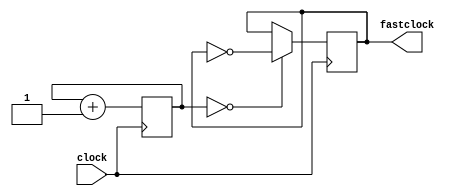
`timescale 1ns / 1ps
//////////////////////////////////////////////////////////////////////////////////
// Company: 
// Engineer: 
// 
// Design Name: 
// Module Name: Subtask_D_fastclock
// Project Name: 
// Target Devices: 
// Tool Versions: 
// Description: 
// 
// Dependencies: 
// 
// Revision:
// Revision 0.01 - File Created
// Additional Comments:
// 
//////////////////////////////////////////////////////////////////////////////////


module Subtask_D_fastclock(
   input clock,
   output reg fastclock = 0
   );
   
   // for 381 Hz
   reg [16:0] count = 0;
   
   always @ (posedge clock) begin
       count <= count + 1;
       fastclock <= (count == 0) ? ~fastclock : fastclock;
   end
endmodule